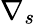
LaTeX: \nabla_{s}